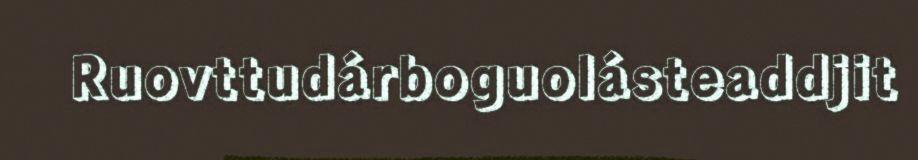
Ruovttudárboguolásteaddjit